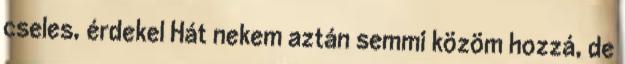
cseles, érdekel Hát nekem aztán semmi közöm hozzá, de